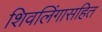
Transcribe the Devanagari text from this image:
शिवलिंगासहित